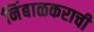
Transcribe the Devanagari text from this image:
निंबाळकराची